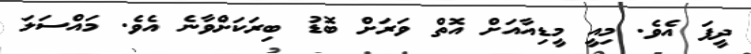
ދީފަ އެވެ. މިއީ މީޑިއާއަށް އޮތް ވަރަށް ބޮޑު ބިރަކަށްވާނެ އެވެ. މައްސަލަ